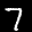
Label: 7